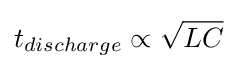
t_{discharge}\propto {\sqrt {LC}}